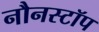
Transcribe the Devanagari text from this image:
नौनस्टॉप